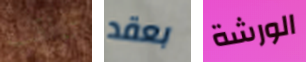
تراقب بعقد الورشة